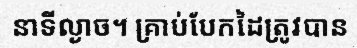
នាទីល្ងាច។ គ្រាប់បែកដៃត្រូវបាន